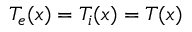
T _ { e } ( x ) = T _ { i } ( x ) = T ( x )